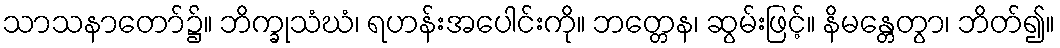
သာသနာတော်၌။ ဘိက္ခုသံဃံ၊ ရဟန်းအပေါင်းကို။ ဘတ္တေန၊ ဆွမ်းဖြင့်။ နိမန္တေတွာ၊ ဘိတ်၍။